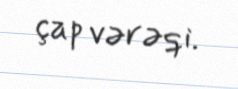
çap vərəqi.